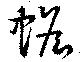
蟾